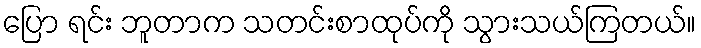
ပြော ရင်း ဘူတာက သတင်းစာထုပ်ကို သွားသယ်ကြတယ်။